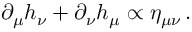
\partial _ { \mu } h _ { \nu } + \partial _ { \nu } h _ { \mu } \propto \eta _ { \mu \nu } \, .